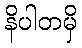
နိပါတမှိ